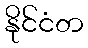
နိုင်ငံတ